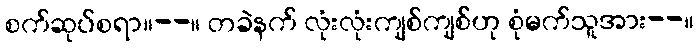
စက်ဆုပ်စရာ။--။ တခဲနက် လုံးလုံးကျစ်ကျစ်ဟု စုံမက်သူအား--။